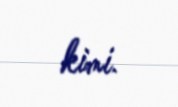
kimi.